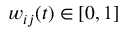
w _ { i j } ( t ) \in [ 0 , 1 ]